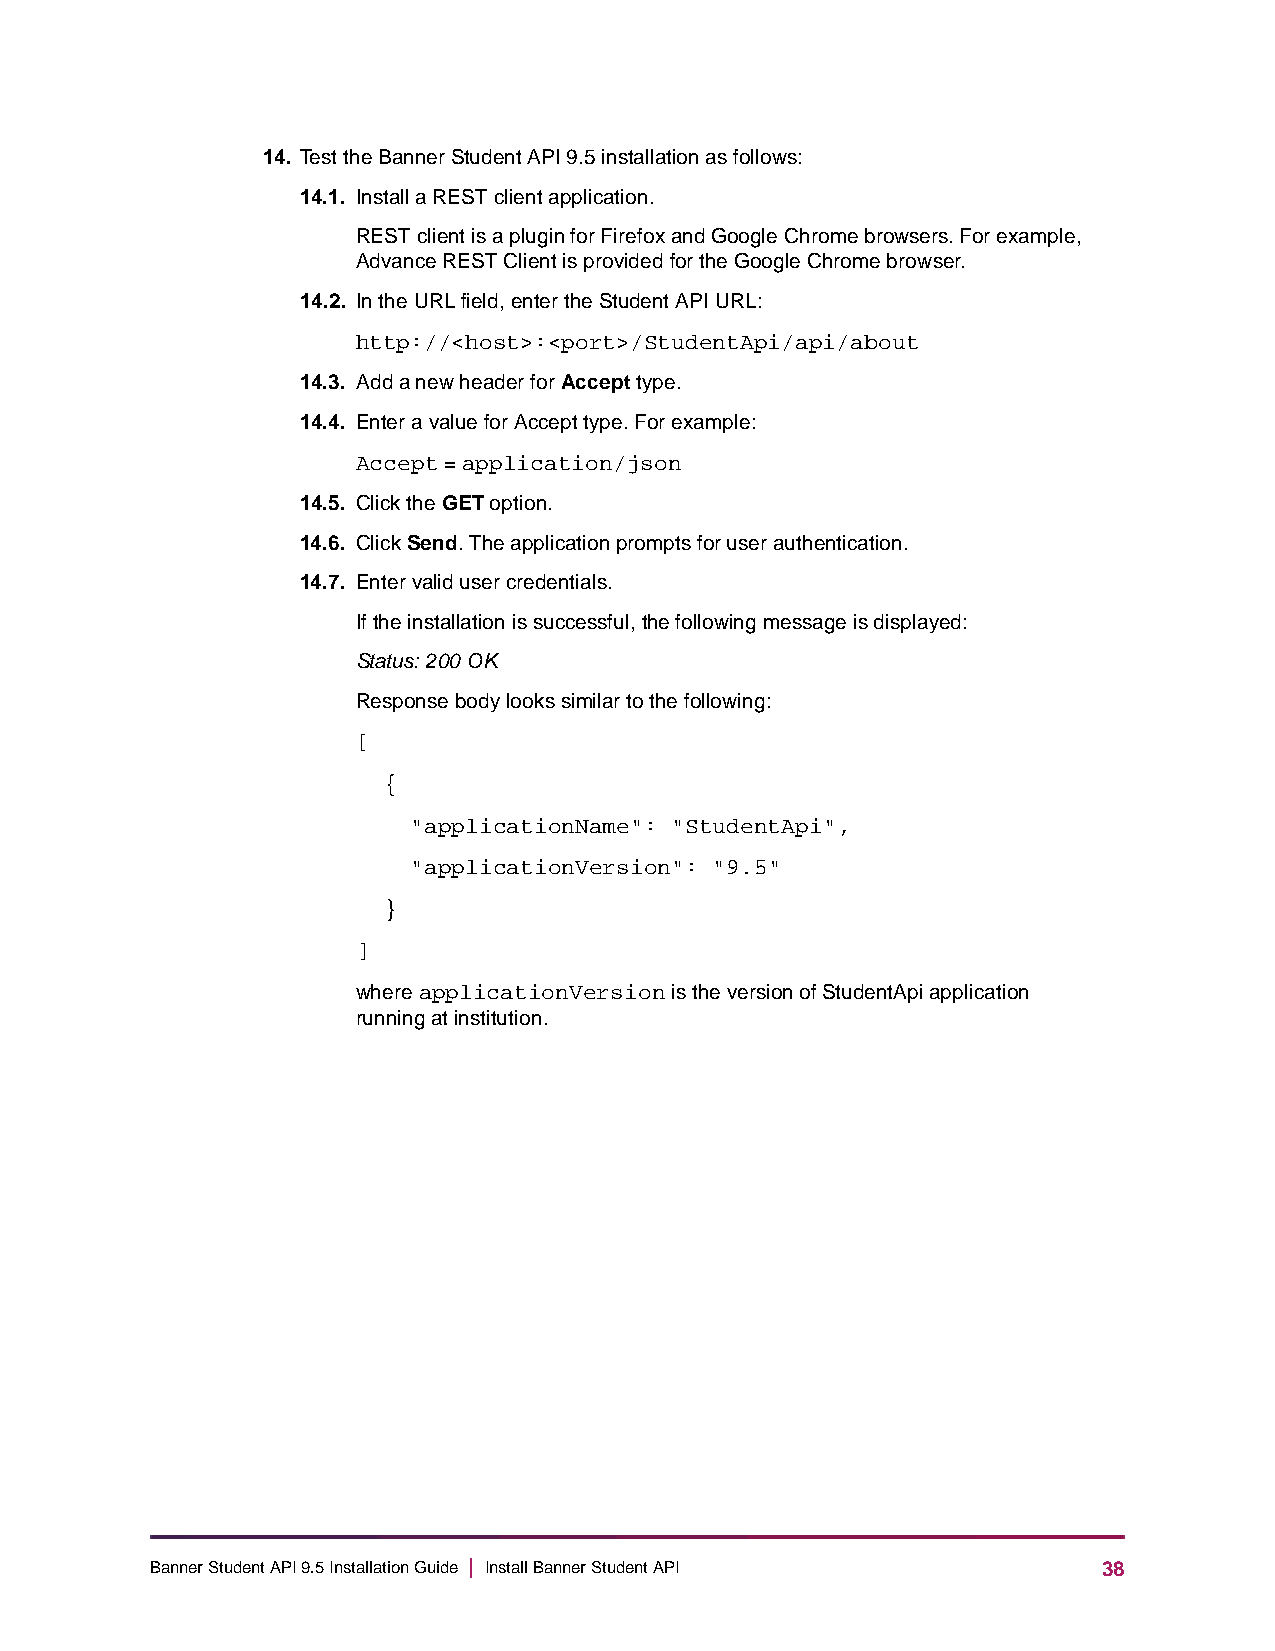
14. Test the Banner Student API 9.5 installation as follows:
 14.1. Install a REST client application.
 REST client is a plugin for Firefox and Google Chrome browsers. For example,
 Advance REST Client is provided for the Google Chrome browser.
 14.2. In the URL field, enter the Student API URL:
 http://<host>:<port>/StudentApi/api/about
 14.3. Add a new header for Accept type.
 14.4. Enter a value for Accept type. For example:
 Accept = application/json
 14.5. Click the GET option.
 14.6. Click Send. The application prompts for user authentication.
 14.7. Enter valid user credentials.
 If the installation is successful, the following message is displayed:
 Status: 200 OK
 Response body looks similar to the following:
 [
 {
 "applicationName": "StudentApi",
 "applicationVersion": "9.5"
 }
 ]
 where applicationVersion is the version of StudentApi application
 running at institution.
 Banner Student API 9.5 Installation Guide | Install Banner Student API 38